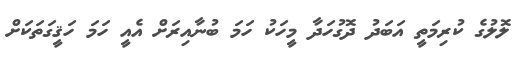
ލޮލުގެ ކުރިމަތީ އަބަދު ދޮގުހަދާ މީހަކު ހަމަ ބުނާއިރަށް އެއީ ހަމަ ހަޤީގަތަކަށް